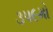
૩૫૯મો